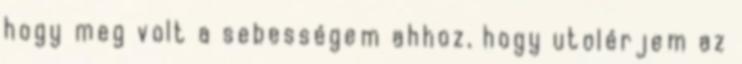
hogy meg volt a sebességem ahhoz, hogy utolérjem az